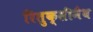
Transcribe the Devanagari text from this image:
रितुक्सीमैब